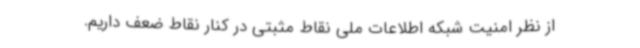
از نظر امنیت شبکه اطلاعات ملی نقاط مثبتی در کنار نقاط ضعف داریم.